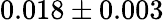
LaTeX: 0.018\pm 0.003